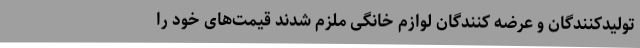
تولیدکنندگان و عرضه کنندگان لوازم خانگی ملزم شدند قیمت‌های خود را